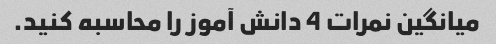
میانگین نمرات 4 دانش آموز را محاسبه کنید.